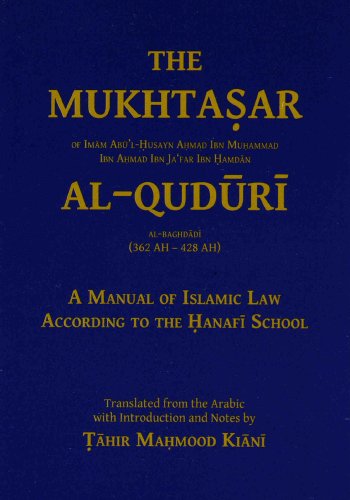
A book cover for The Mukhtasar Al-Quduri: A Manual of Islamic Law According to the Hanafi School; Imam Abu'l Husayn Ahmad Ibn Muhammad Ibn Ahmad Ibn Ja'far Ibn Hamdan al Baghdadi; Religion & Spirituality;